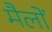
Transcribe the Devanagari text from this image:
मैलों